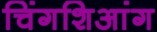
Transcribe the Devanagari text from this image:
चिंगशिआंग